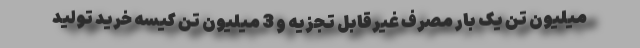
میلیون تن یک بار مصرف غیرقابل تجزیه و 3 میلیون تن کیسه خرید تولید